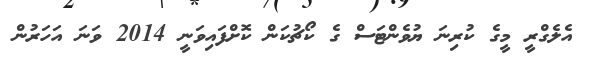
އެލެގްރީ މީގެ ކުރިނަ ޔުވެންޓަސް ގެ ކޯޗުކަން ކޮށްފައިވަނީ 2014 ވަނަ އަހަރުން